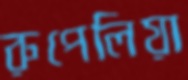
রুপেলিয়া